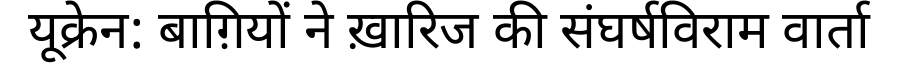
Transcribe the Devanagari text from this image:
यूक्रेन: बाग़ियों ने ख़ारिज की संघर्षविराम वार्ता